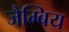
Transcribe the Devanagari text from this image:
जैम्बिय